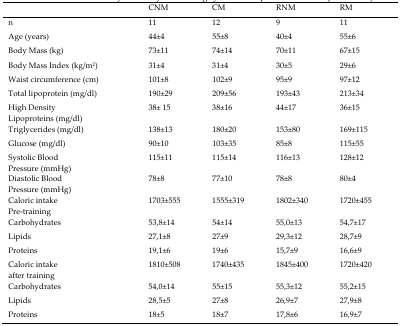
<table><thead><tr><td></td><td><b>CNM</b></td><td><b>CM</b></td><td><b>RNM</b></td><td><b>RM</b></td></tr></thead><tbody><tr><td>n</td><td>11</td><td>12</td><td>9</td><td>11</td></tr><tr><td>Age (years)</td><td>44±4</td><td>55±8</td><td>40±4</td><td>55±6</td></tr><tr><td>Body Mass (kg)</td><td>73±11</td><td>74±14</td><td>70±11</td><td>67±15</td></tr><tr><td>Body Mass Index (kg/m<sup>2</sup>)</td><td>31±4</td><td>31±4</td><td>30±5</td><td>29±6</td></tr><tr><td>Waist circumference (cm)</td><td>101±8</td><td>102±9</td><td>95±9</td><td>97±12</td></tr><tr><td>Total lipoprotein (mg/dl)</td><td>190±29</td><td>209±56</td><td>193±43</td><td>213±34</td></tr><tr><td>High Density</td><td>38± 15</td><td>38±16</td><td>44±17</td><td>36±15</td></tr><tr><td>Lipoproteins (mg/dl)</td><td></td><td></td><td></td><td></td></tr><tr><td>Triglycerides (mg/dl)</td><td>138±13</td><td>180±20</td><td>153±80</td><td>169±115</td></tr><tr><td>Glucose (mg/dl)</td><td>90±10</td><td>103±35</td><td>85±8</td><td>115±55</td></tr><tr><td>Systolic Blood Pressure (mmHg)</td><td>115±11</td><td>115±14</td><td>116±13</td><td>128±12</td></tr><tr><td>Diastolic Blood Pressure (mmHg)</td><td>78±8</td><td>77±10</td><td>78±8 </td><td>80±4</td></tr><tr><td>Caloric intake</td><td>1703±555</td><td>1555±319</td><td>1802±340</td><td>1720±455</td></tr><tr><td>Pre-training Carbohydrates</td><td>53,8±14</td><td>54±14</td><td>55,0±13</td><td>54,7±17</td></tr><tr><td>Lipids</td><td>27,1±8</td><td>27±9</td><td>29,3±12</td><td>28,7±9</td></tr><tr><td>Proteins</td><td>19,1±6</td><td>19±6</td><td>15,7±9</td><td>16,6±9</td></tr><tr><td rowspan="2">Caloric intake after training Carbohydrates</td><td>1810±508</td><td>1740±435</td><td>1845±400</td><td>1720±420</td></tr><tr><td>54,0±14</td><td>55±15</td><td>55,3±12</td><td>55,2±15</td></tr><tr><td>Lipids</td><td>28,5±5</td><td>27±8</td><td>26,9±7</td><td>27,9±8</td></tr><tr><td>Proteins</td><td>18±5</td><td>18±7</td><td>17,8±6</td><td>16,9±7</td></tr></tbody></table>